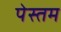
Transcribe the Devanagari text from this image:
पेस्तम